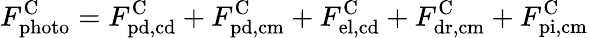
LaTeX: F_{\mathrm{photo}}^{\mathrm{C}}=F_{\mathrm{pd,cd}}^{\mathrm{C}}+F_{\mathrm{pd,cm}}^{\mathrm{C}}+F_{\mathrm{el,cd}}^{\mathrm{C}}+F_{\mathrm{dr,cm}}^{\mathrm{C}}+F_{\mathrm{pi,cm}}^{\mathrm{C}}